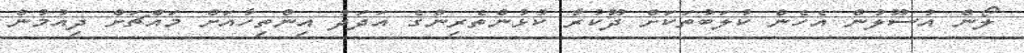
ލޯން އުސޫލުން އެހެން ކުލަބުތަކަށް ދޫކުރާ ކުޅުންތެރިންގެ އަދަދު އިންތިހާއަށް މައްޗަށް ދިއުމުން